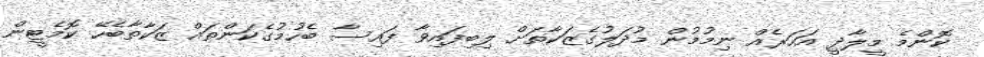
ކޮންމެ މީލާދީ އަހަރެއް ނިމުމުން މުދަލުގެޒަކާތަށް ލިބިފައިވާ ފައިސާ ބެހުމުގެކަންތައް ޒަކާތާބެހޭ ކޮމެޓީން